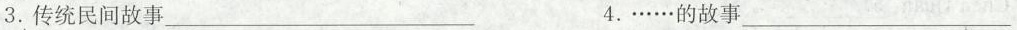
3.传统民间故事\underline4.……的故事\underline